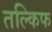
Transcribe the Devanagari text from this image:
तल्किफ